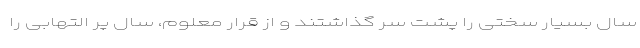
سال بسیار سختی را پشت سر گذاشتند و از قرار معلوم، سال پر التهابی را